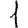
Digit: 1